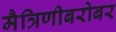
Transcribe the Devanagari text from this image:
मैत्रिणीबरोबर